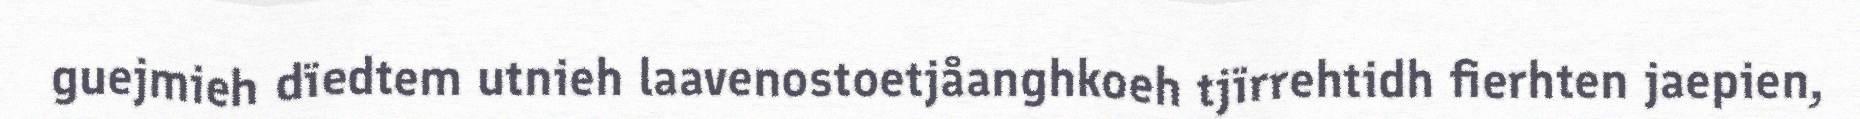
guejmieh dïedtem utnieh laavenostoetjåanghkoeh tjïrrehtidh fierhten jaepien,